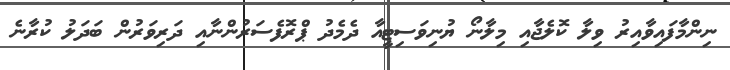
ނިންމާފައިވާއިރު ވިލާ ކޮލެޖާއި މިލާނޯ ޔުނިވަސިޓީއާ ދެމެދު ޕްރޮފެސަރުންނާއި ދަރިވަރުން ބަދަލު ކުރާނެ